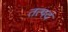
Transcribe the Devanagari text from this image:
तत्पदं